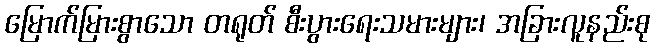
မြောက်မြားစွာသော တရုတ် စီးပွားရေးသမားများ၊ အခြားလူနည်းစု